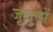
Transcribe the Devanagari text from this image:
जूलुसों